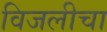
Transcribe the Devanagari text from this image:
विजलीचा